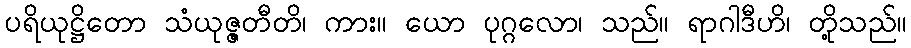
ပရိယုဋ္ဌိတော သံယုဇ္ဇတီတိ၊ ကား။ ယော ပုဂ္ဂလော၊ သည်။ ရာဂါဒီဟိ၊ တို့သည်။